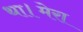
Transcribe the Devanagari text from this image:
था।मेरा